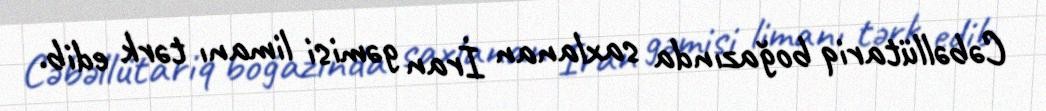
Cəbəllütariq boğazında saxlanan İran gəmisi limanı tərk edib.